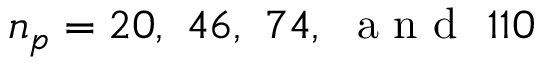
\ensuremath { n _ { p } } = 2 0 , \ 4 6 , \ 7 4 , \ \mathrm { ~ a ~ n ~ d ~ } \ 1 1 0